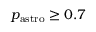
p _ { \mathrm { { a s t r o } } } \geq 0 . 7